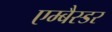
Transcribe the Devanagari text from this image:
एम्बैस्डर